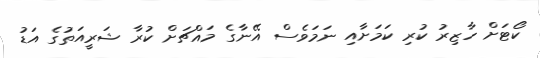
ކޯޓަށް ހާޒިރު ކުރި ކަމަށާއި ނަމަވެސް އޭނާގެ މައްޗަށް ކުރާ ޝަރީއަތުގެ އަޑު